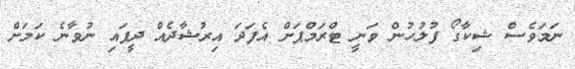
ނަމަވެސް ޝިކާގޯ ފުލުހުން ވަނީ ޓްރަމްޕަށް އެފަދަ އިރުޝާދެއް ދީފައި ނުވާނެ ކަމަށް